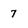
Character: 7